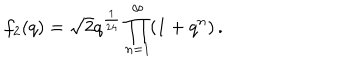
LaTeX: f _ { 2 } ( q ) = \sqrt { 2 } q ^ { \frac { 1 } { 2 4 } } \prod _ { n = 1 } ^ { \infty } ( 1 + q ^ { n } ) \, .